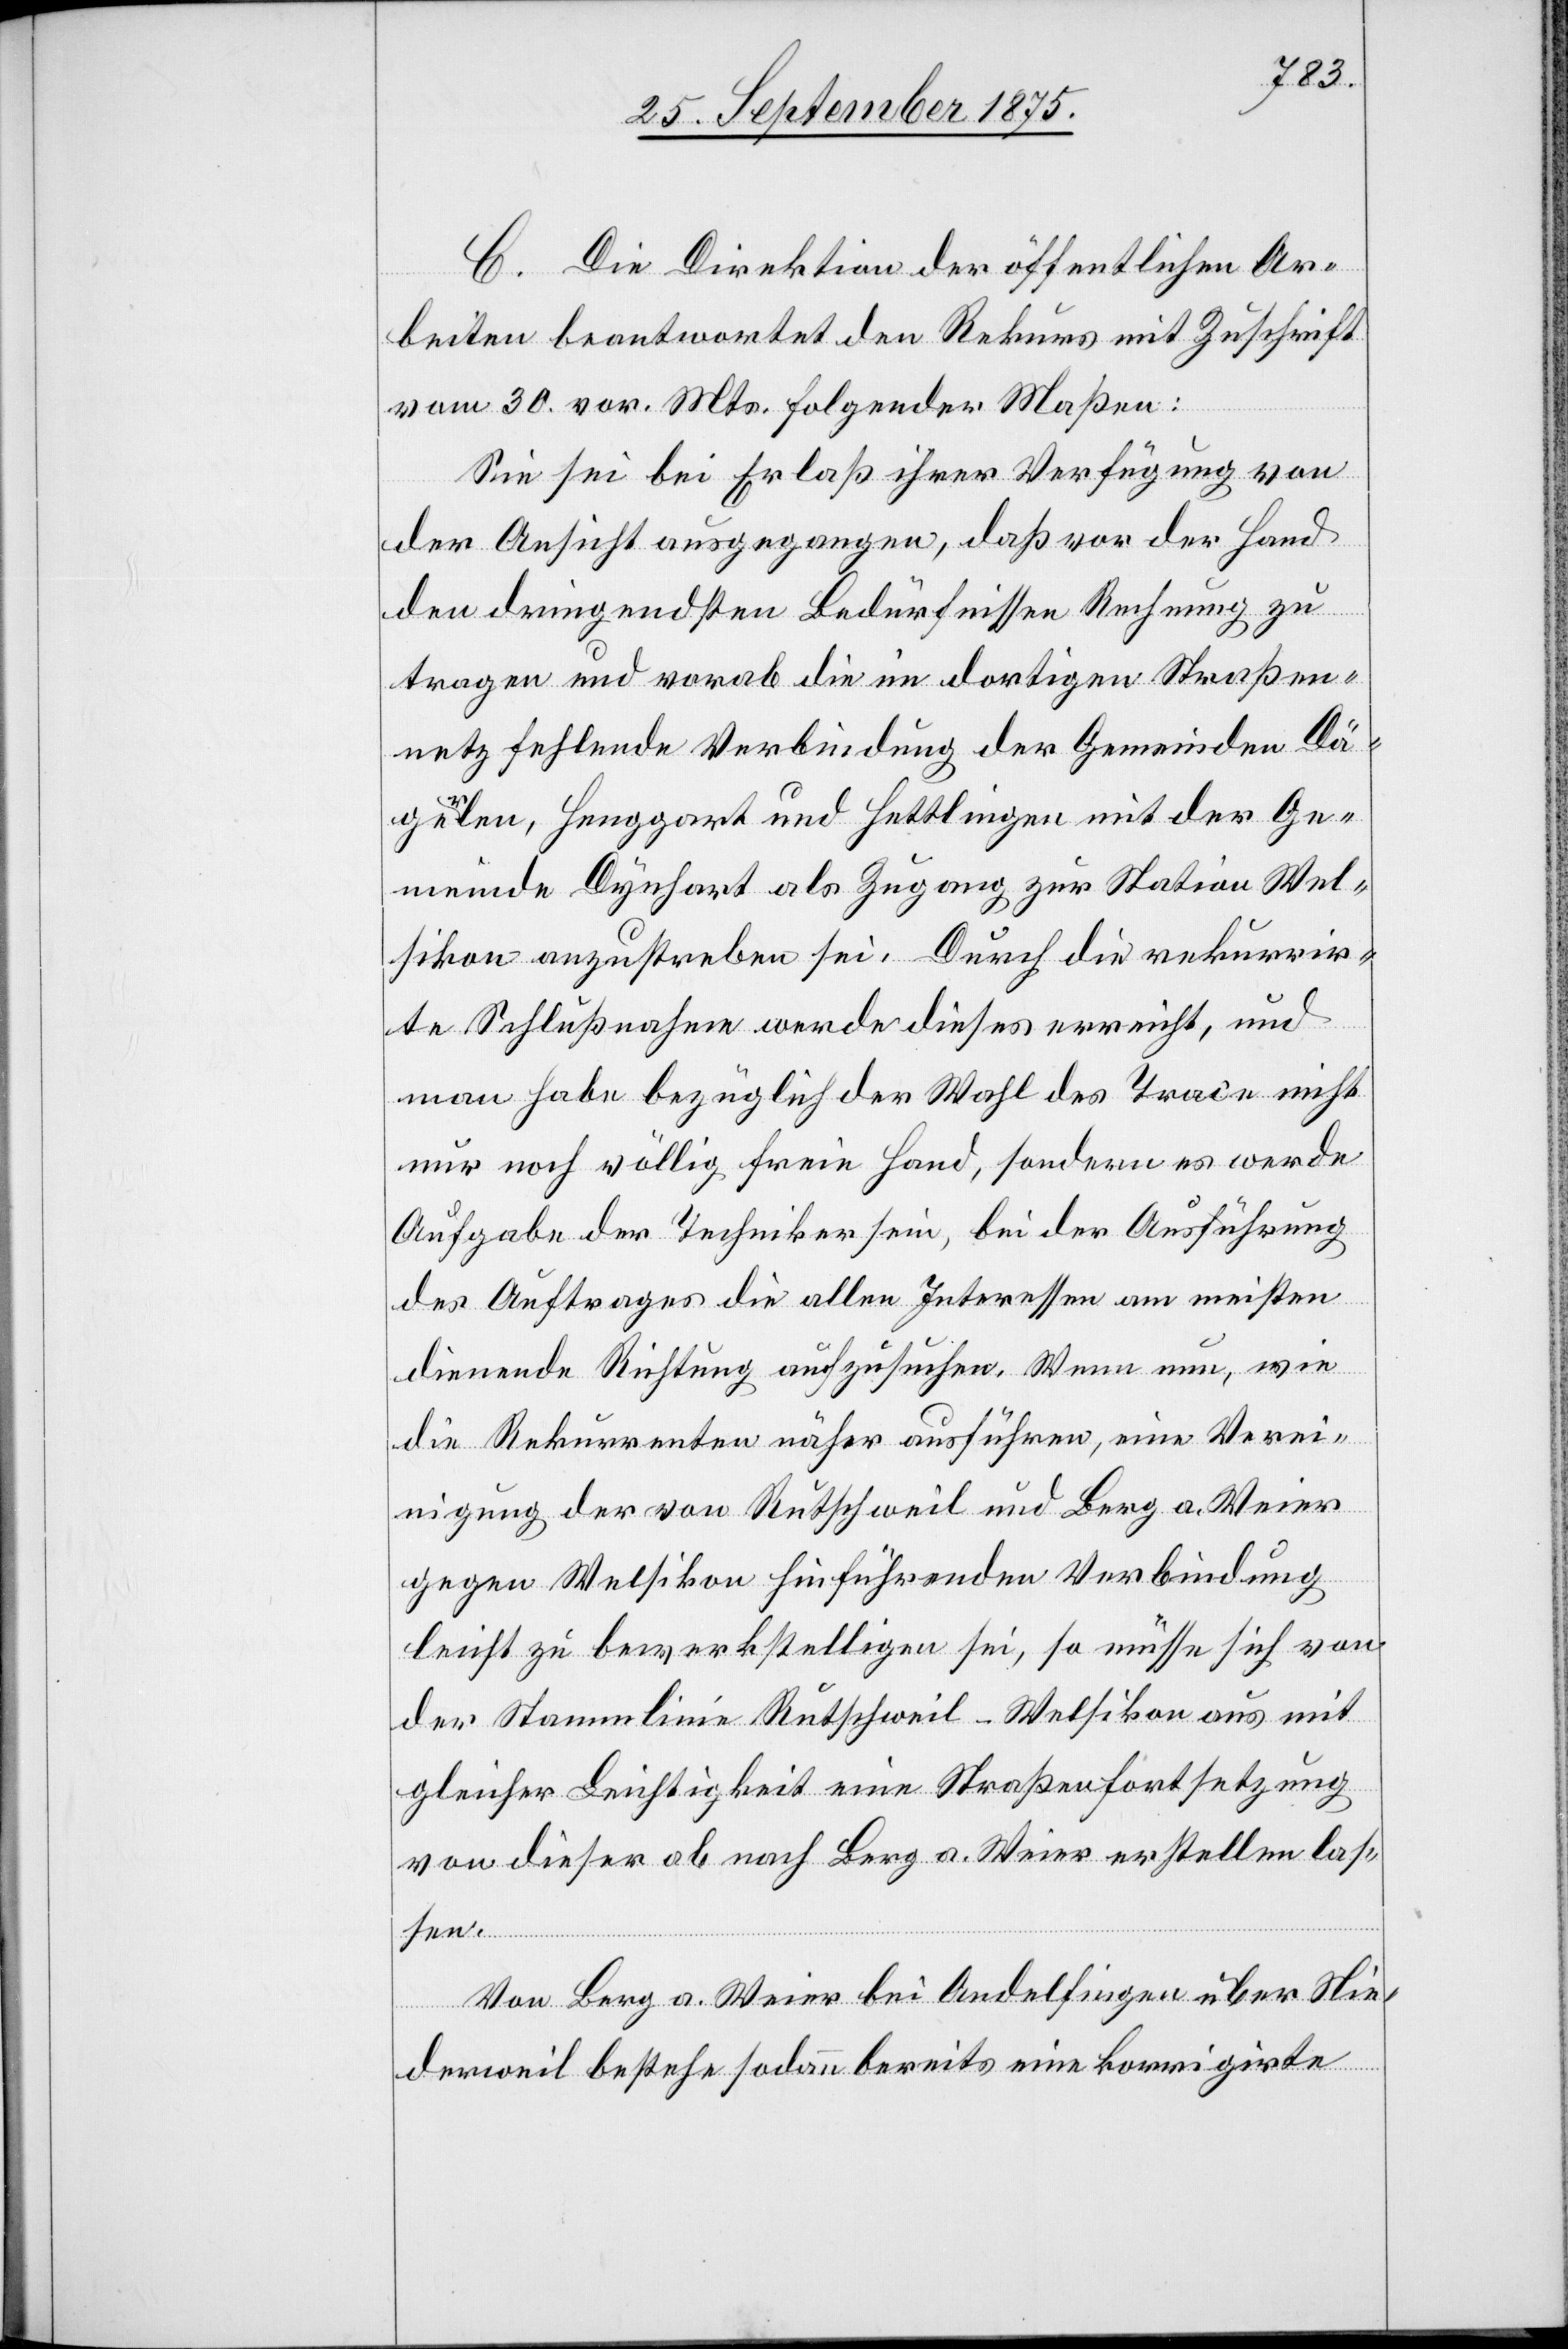
C. Die Direktion der öffentlichen Ar¬
beiten beantwortet den Rekurs mit Zuschrift
vom 30. vor. Mts. folgender Maßen:
Sie sei bei Erlaß ihrer Verfügung von
der Ansicht ausgegangen, daß vor der Hand
den dringendsten Bedürfnissen Rechnung zu
tragen und vorab die im dortigen Straßen¬
netz fehlende Verbindung der Gemeinden Dä¬
gerlen, Henggart und Hettlingen mit der Ge¬
meinde Dynhart [sic!] als Zugang zur Station Wel¬
sikon anzustreben sei. Durch die rekurrir¬
te Schlußnahme werde dieses erreicht, und
man habe bezüglich der Wahl des Trace nicht
nur noch völlig freie Hand, sondern es werde
Aufgabe der Techniker sein, bei der Ausführung
des Auftrages die allen Interessen am meisten
dienende Richtung auszusuchen. Wenn nun, wie
die Rekurrenten näher ausführen, eine Verei¬
nigung der von Rutschweil und Berg a. Weier
gegen Welsikon hinführenden Verbindung
leicht zu bewerkstelligen sei, so müsse sich von
der Stammlinie Rutschweil–Welsikon aus mit
gleicher Leichtigkeit eine Straßenfortsetzung
von dieser ab nach Berg a. Weier erstellen las¬
sen.
Von Berg a. Weier bei Andelfingen über Nie¬
derweil bestehe sodann bereits eine korrigirte